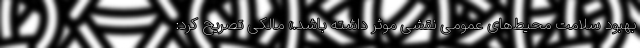
بهبود سلامت محیط‌های عمومی نقشی موثر داشته باشد.» مالکی تصریح کرد:‌